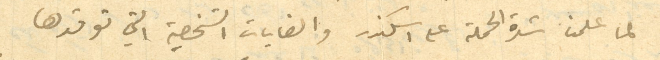
لما علمنا شدة الحملة على اسكندر والغايات الشخصية التي توقدها